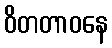
ဝိတတာဝနေ